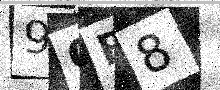
Text: 9QB8